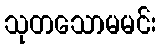
သုတသောမမင်း